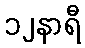
၁၂နာရီ